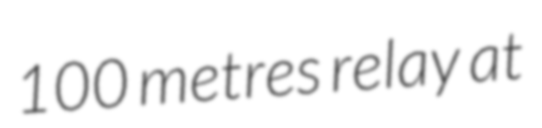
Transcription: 100 metres relay at